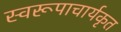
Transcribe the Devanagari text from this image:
स्वरूपाचार्यकृत